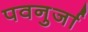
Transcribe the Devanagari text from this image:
पवनुर्जा